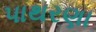
પાથરણા